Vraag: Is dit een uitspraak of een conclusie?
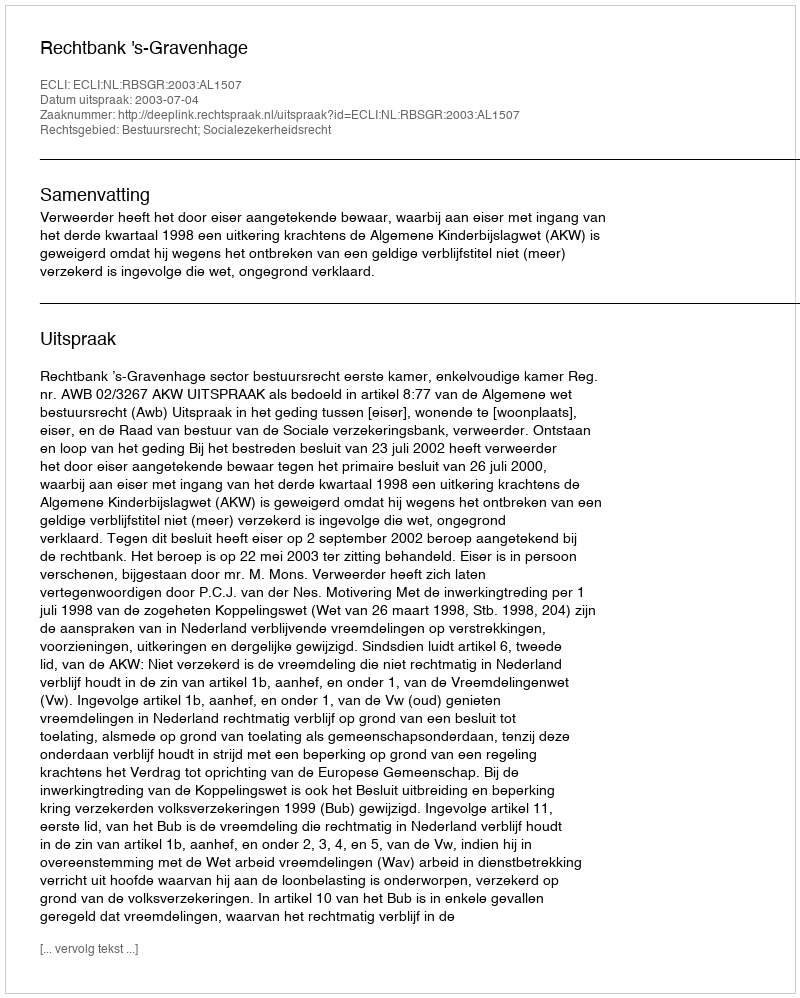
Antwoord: Uitspraak